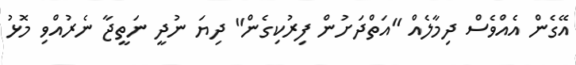
އޭގެން އެއްވެސް ދިމާލެއް "އަތްދަށުން ފިރުކިގެން" ދިޔަ ނުދީ ނަތީޖާ ނެރުއްވި މޮޅު